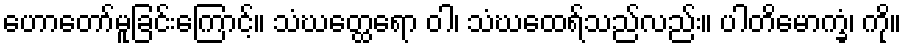
ဟောတော်မူခြင်းကြောင့်။ သံဃတ္ထေရော ဝါ၊ သံဃထေရ်သည်လည်း။ ပါတိမောက္ခံ၊ ကို။